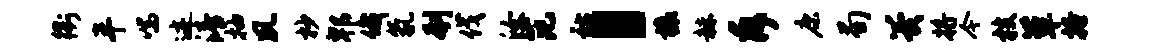
衢半喘迹清抽夙杪郫俄氛刳伐汝范祜，榱赫斥康荀翼将今枝簟搔